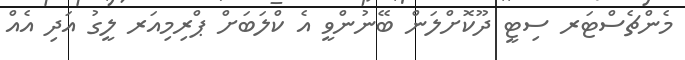
މެންޗެސްޓަރ ސިޓީ ދޫކޮށްލަން ބޭނުންވީ އެ ކްލަބަށް ޕްރިމިއަރ ލީގު އަދި އެއް